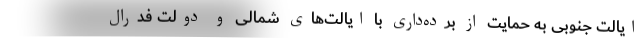
ایالت جنوبی به حمایت از برده‌داری با ایالت‌های شمالی و دولت فدرال